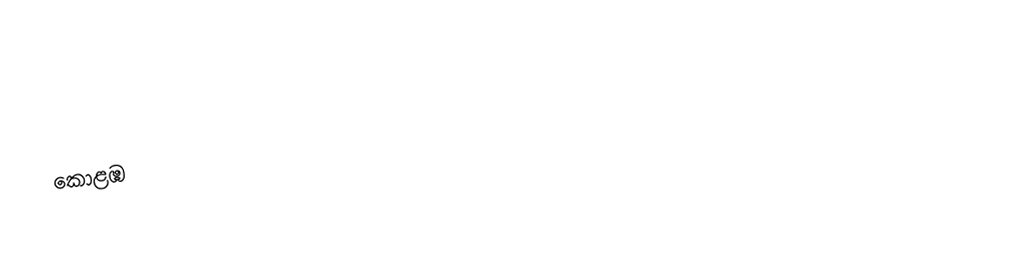
කොළඹ